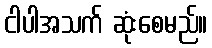
ငါပါအသက် ဆုံးစေမည်။